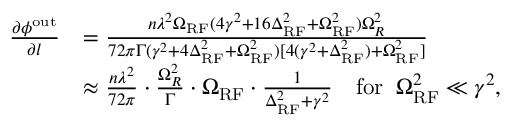
\begin{array} { r l } { \frac { \partial \phi ^ { \mathrm { o u t } } } { \partial l } } & { = \frac { n \lambda ^ { 2 } \Omega _ { \mathrm { R F } } ( 4 \gamma ^ { 2 } + 1 6 \Delta _ { \mathrm { R F } } ^ { 2 } + \Omega _ { \mathrm { R F } } ^ { 2 } ) \Omega _ { R } ^ { 2 } } { 7 2 \pi \Gamma ( \gamma ^ { 2 } + 4 \Delta _ { \mathrm { R F } } ^ { 2 } + \Omega _ { \mathrm { R F } } ^ { 2 } ) [ 4 ( \gamma ^ { 2 } + \Delta _ { \mathrm { R F } } ^ { 2 } ) + \Omega _ { \mathrm { R F } } ^ { 2 } ] } } \\ & { \approx \frac { n \lambda ^ { 2 } } { 7 2 \pi } \cdot \frac { \Omega _ { R } ^ { 2 } } { \Gamma } \cdot \Omega _ { \mathrm { R F } } \cdot \frac { 1 } { \Delta _ { \mathrm { R F } } ^ { 2 } + \gamma ^ { 2 } } \quad \mathrm { f o r } \; \; \Omega _ { \mathrm { R F } } ^ { 2 } \ll \gamma ^ { 2 } , } \end{array}